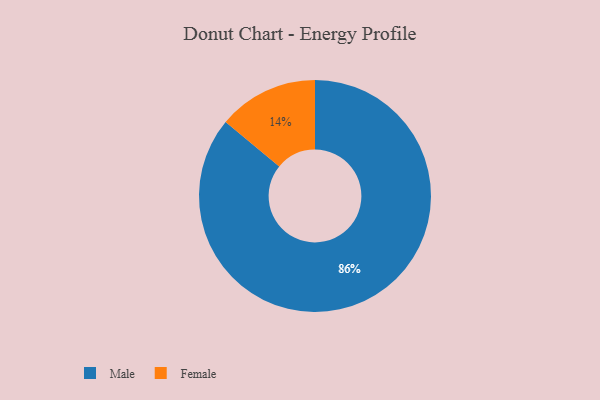
{"axis": {"x": "Category", "y": "Percentage"}, "legend": ["Female", "Male"], "data": [{"x": "Male", "y": 86, "type": "Male"}, {"x": "Female", "y": 14, "type": "Female"}]}